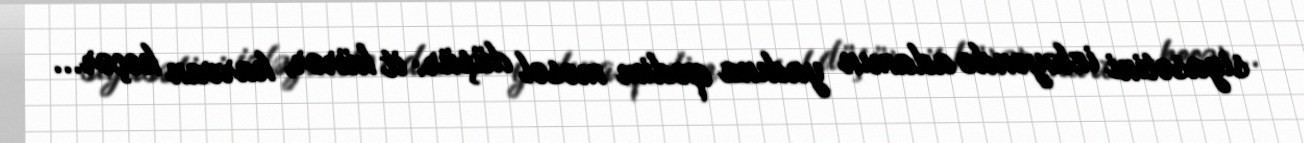
siyasətini izləyəndə adamın yadına qədim məsəl düşür: it hürər, karvan keçər...